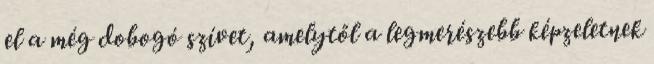
el a még dobogó szívet, amelytől a legmerészebb képzeletnek